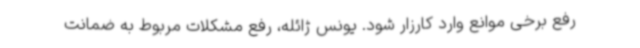
رفع برخی موانع وارد کارزار شود. یونس ژائله، رفع مشکلات مربوط به ضمانت